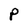
Character: P